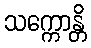
သက္ကောန္တိ